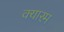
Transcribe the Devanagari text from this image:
क्यारम